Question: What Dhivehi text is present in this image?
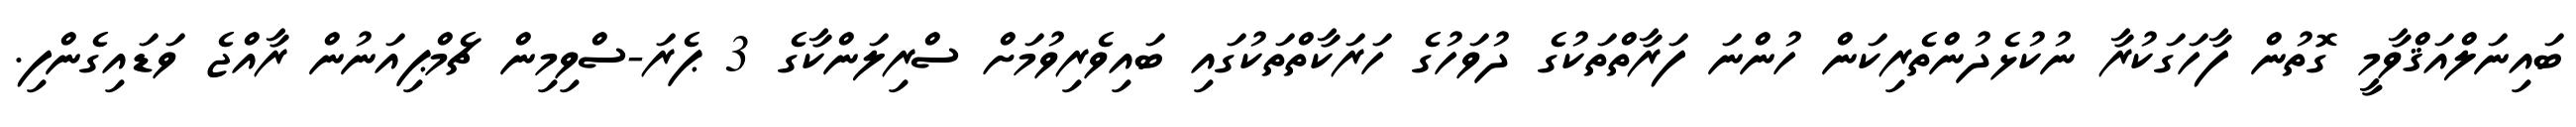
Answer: ބައިނަލްއަޤްވާމީ ގޮތުން ފާހަގަކުރާ ނުކުޅެދުންތެރިކަން ހުންނަ ފަރާތްތަކުގެ ދުވަހުގެ ހަރަކާތްތަކުގައި ބައިވެރިވުމަށް ސްރިލަންކާގެ 3 ޕެރަ-ސްވިމިން ޗެމްޕިއަނުން ރާއްޖެ ވަޑައިގެންފި.